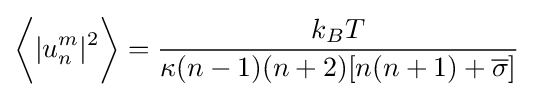
{\biggl \langle }|u_{n}^{m}|^{2}{\biggr \rangle }={\frac {k_{B}T}{\kappa (n-1)(n+2)[n(n+1)+{\overline {\sigma }}]}}